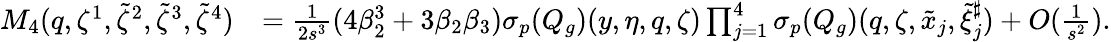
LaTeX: \begin{array}{rl}{M_{4}(q,{\zeta^{1}},{\tilde{\zeta}^{2}},{\tilde{\zeta}^{3}},{\tilde{\zeta}^{4}})}&{=\frac{1}{2s^{3}}(4\beta_{2}^{3}+3\beta_{2}\beta_{3}){{\sigma_{p}}}(Q_{g})(y,\eta,q,\zeta)\prod_{j=1}^{4}{{\sigma_{p}}}(Q_{g})(q,\zeta,\tilde{x}_{j},\tilde{\xi}_{j}^{\sharp})+O(\frac{1}{s^{2}}).}\end{array}